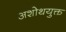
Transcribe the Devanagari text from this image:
अशोथयुक्त